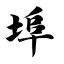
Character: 埠